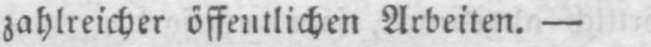
zahlreicher öffentlichen Arbeiten. -